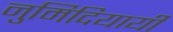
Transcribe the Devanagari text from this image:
नुमिदियायी